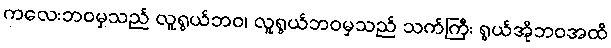
ကလေးဘဝမှသည် လူရွယ်ဘဝ၊ လူရွယ်ဘဝမှသည် သက်ကြီး ရွယ်အိုဘဝအထိ